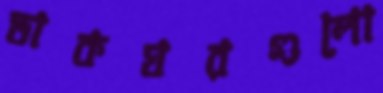
ডাকঘরগুলো